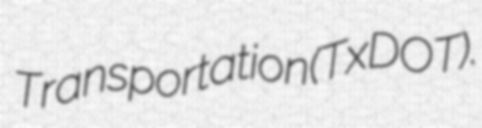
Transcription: Transportation (TxDOT).